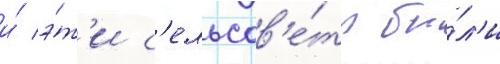
и́ э́т'и с'ельсов'е́ты бы́л'и